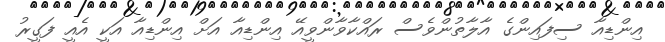
އިންޑިއާ ސިފައިންގެ އާލާތުންވެސް ރައްކާވާންވީއޭ އިންޑިއާ އަށް އިންޑިއާ އަކީ އެއީ ފަގީރު